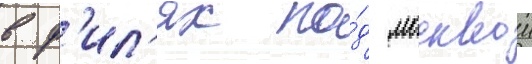
в ф'ил'ях по́д москвои